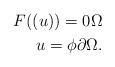
LaTeX: \begin{align*}F((u))=0 \Omega\\u=\phi \partial \Omega.\end{align*}